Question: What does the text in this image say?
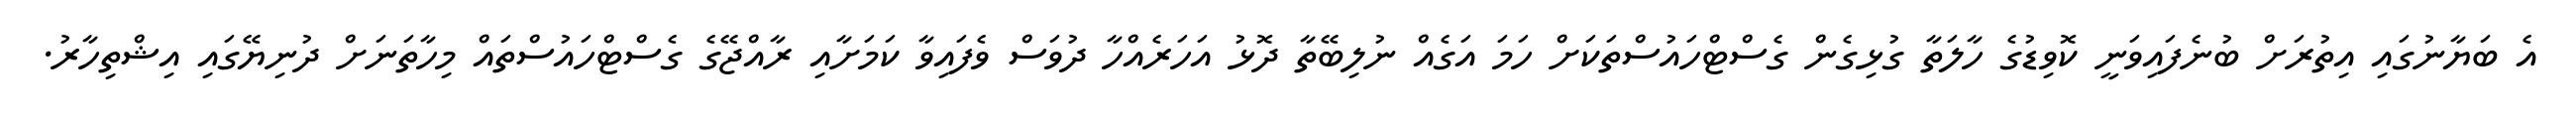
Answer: އެ ބަޔާނުގައި އިތުރަށް ބުނެފައިވަނީ ކޮވިޑުގެ ހާލަތާ ގުޅިގެން ގެސްޓްހައުސްތަކަށް ހަމަ އަގެއް ނުލިބޭތާ ދޮޅު އަހަރެއްހާ ދުވަސް ވެފައިވާ ކަމަށާއި ރާއްޖޭގެ ގެސްޓްހައުސްތައް މިހާތަނަށް ދުނިޔޭގައި އިޝްތިހާރު.